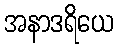
အနာဒရိယေ